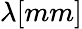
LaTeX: \lambda[mm]